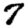
Digit: 7